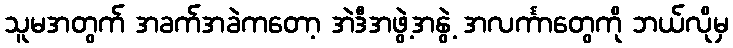
သူမအတွက် အခက်အခဲကတော့ အဲဒီအဖွဲ့အနွဲ့ အလင်္ကာတွေကို ဘယ်လိုမှ